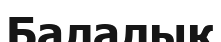
Балалык